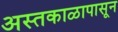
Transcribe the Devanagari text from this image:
अस्तकाळापासून